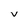
Character: v